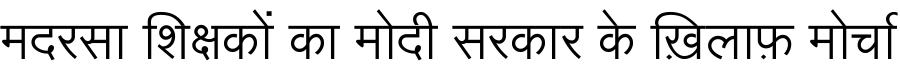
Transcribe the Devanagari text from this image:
मदरसा शिक्षकों का मोदी सरकार के ख़िलाफ़ मोर्चा